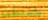
سأستطيع